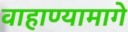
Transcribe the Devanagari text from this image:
वाहाण्यामागे